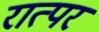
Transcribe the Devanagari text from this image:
रात्पर